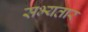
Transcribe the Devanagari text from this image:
सभ्यतार